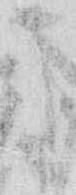
に